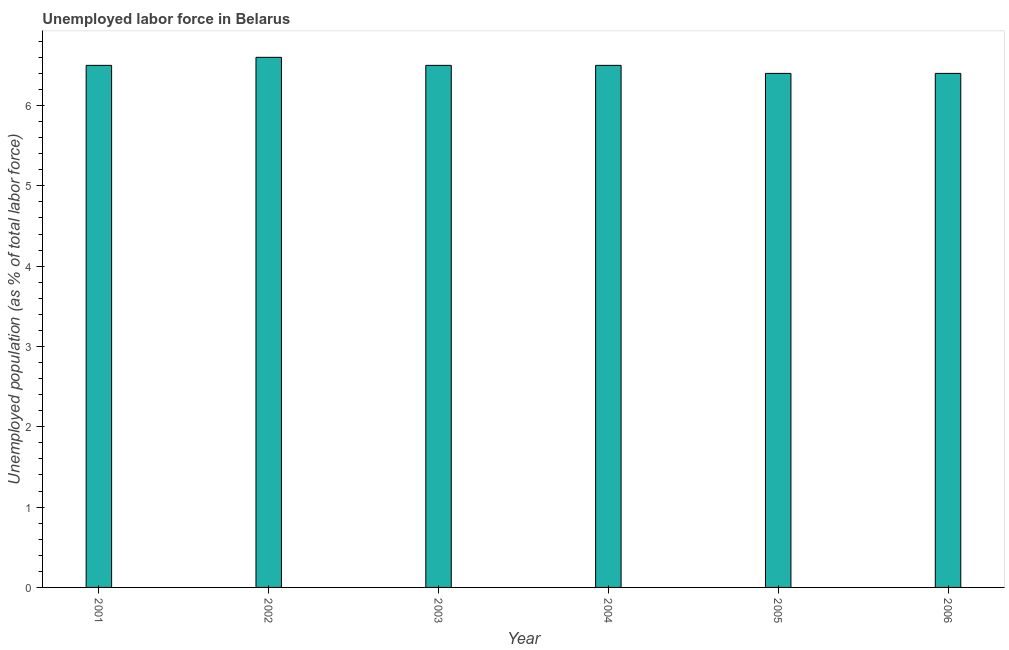
| Year | Unemployment |
 | --- | --- |
 | 2001 | 6.5 |
 | 2002 | 6.6 |
 | 2003 | 6.5 |
 | 2004 | 6.5 |
 | 2005 | 6.4 |
 | 2006 | 6.4 |